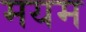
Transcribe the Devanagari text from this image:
मयम